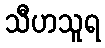
သီဟသူရ